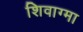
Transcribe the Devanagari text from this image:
शिवाग्मा